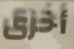
أخرى